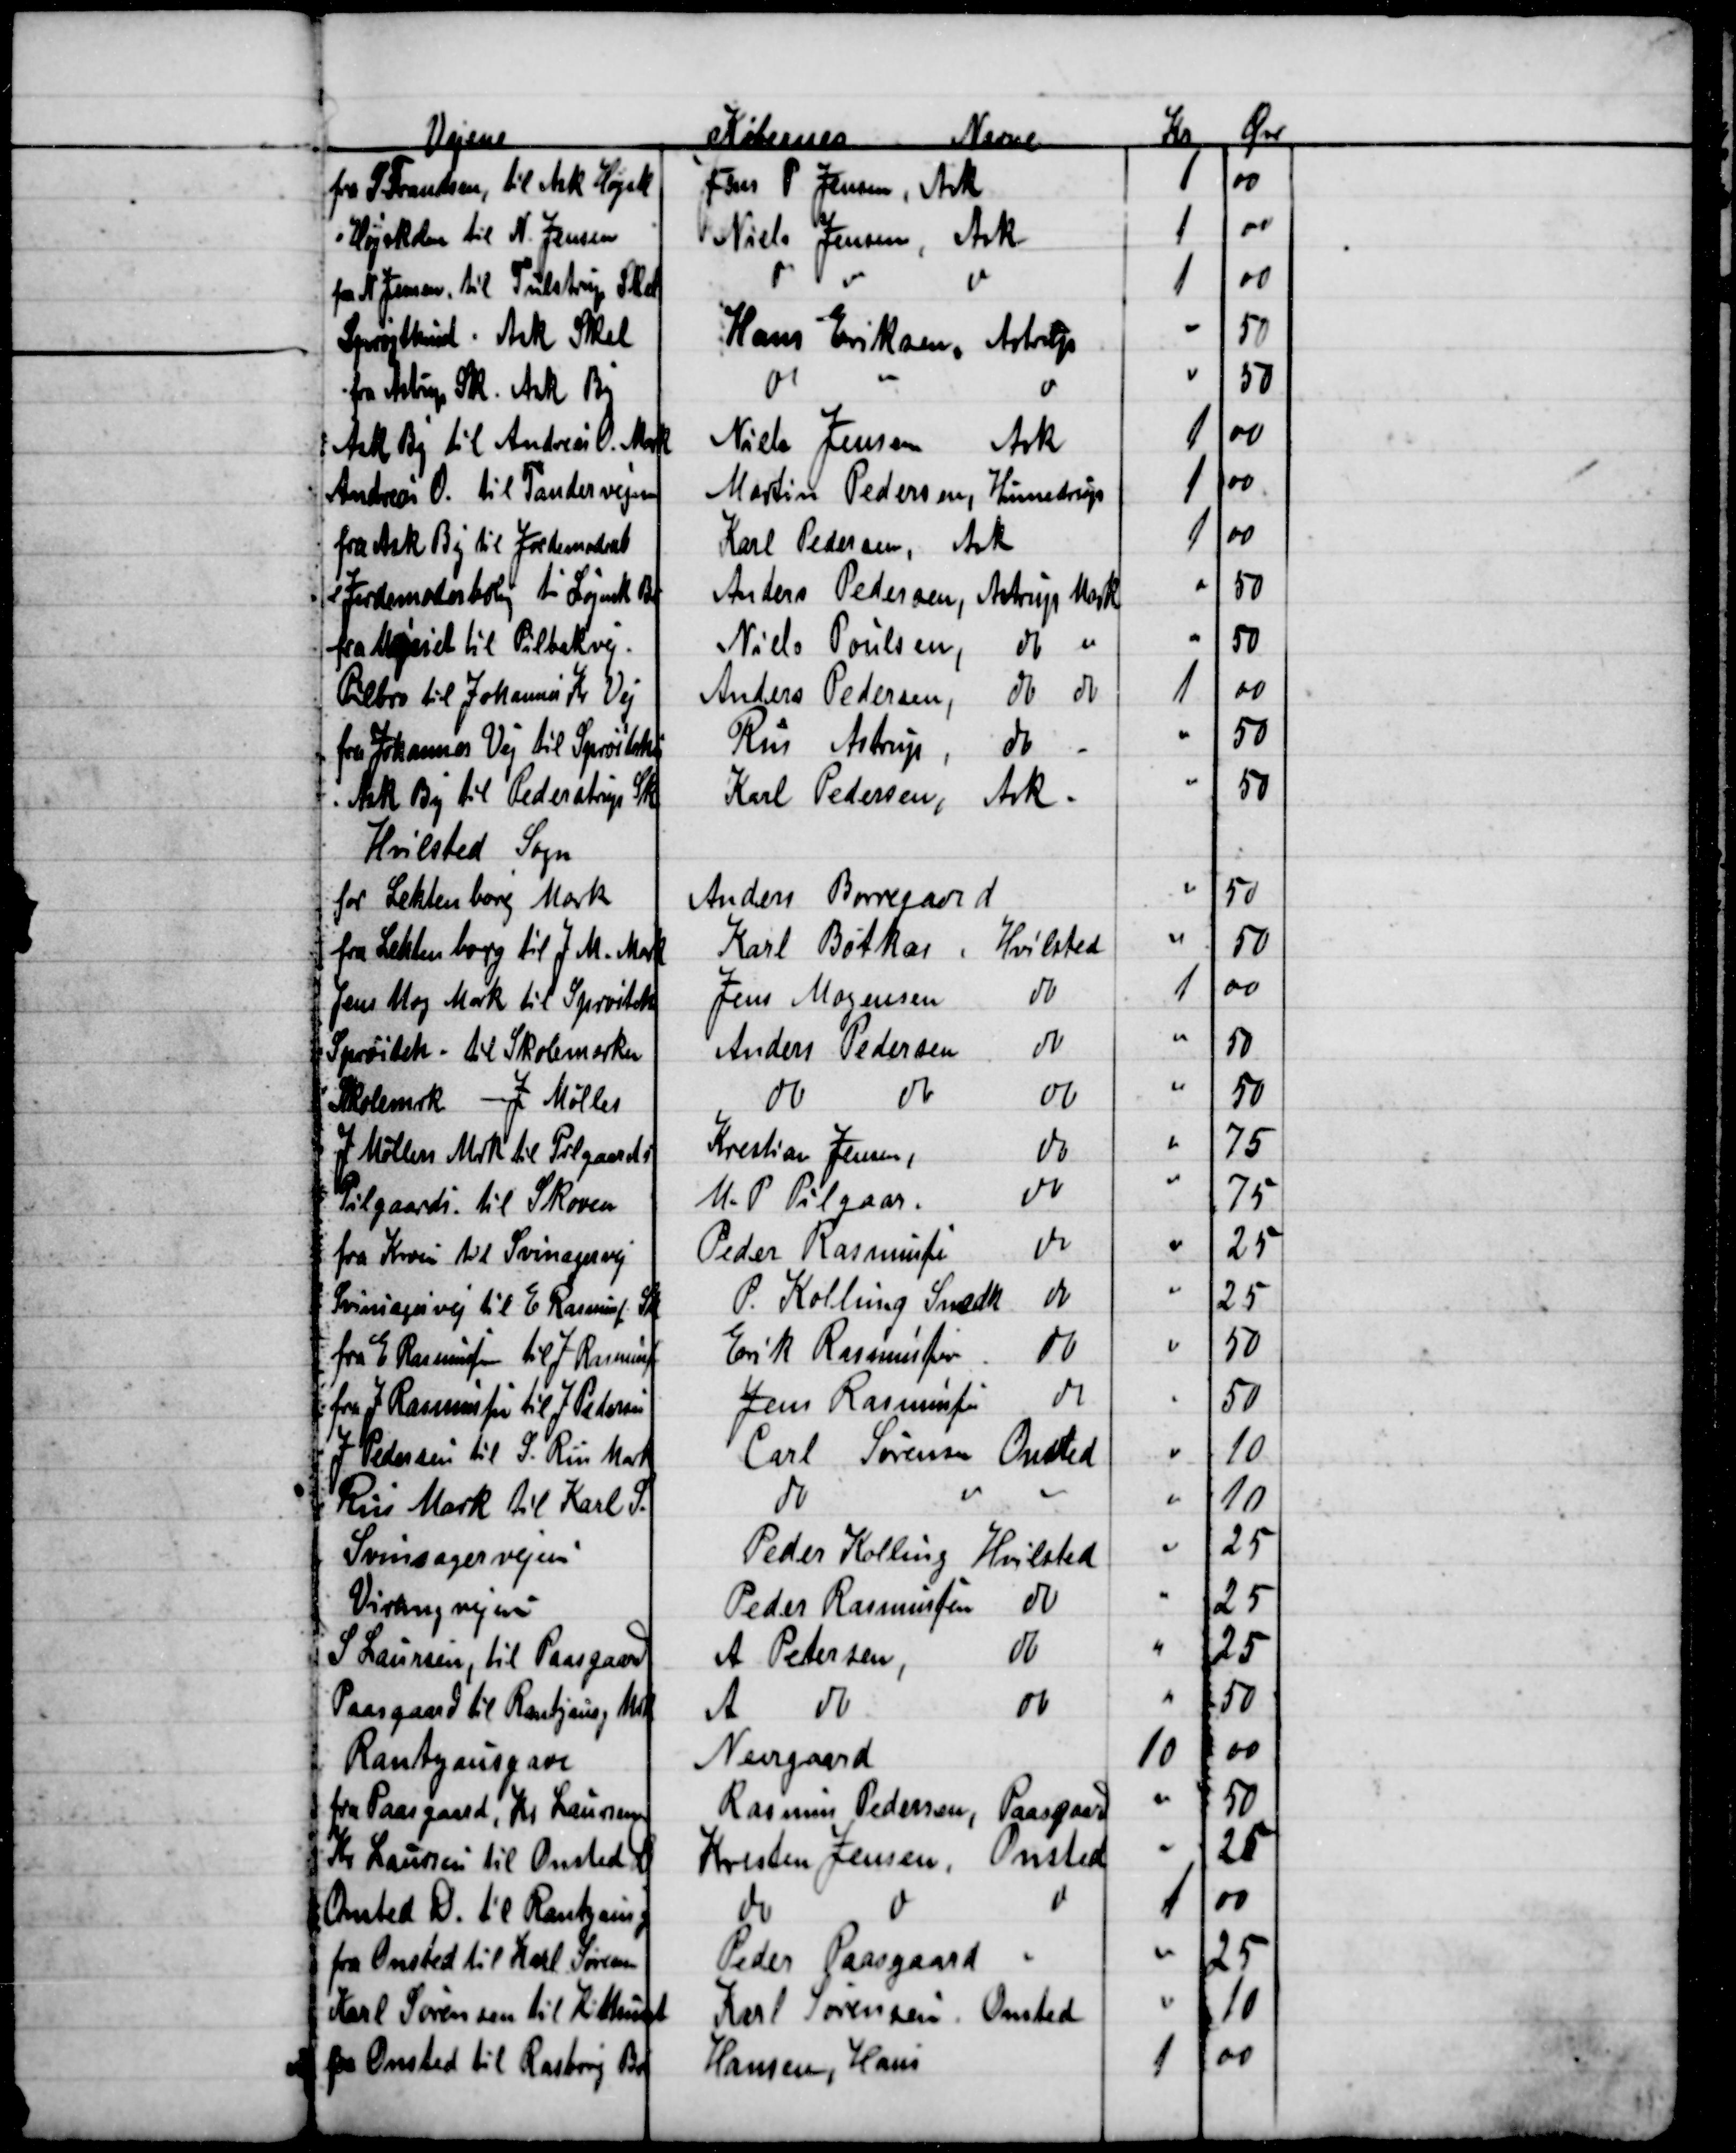
Transskription:
Vejene
Købernes Navne
Kr
Øre
fra S. Frandsen, til Ask Højsk
Jens P. Jensen, Ask
1
00
Højskolen til N. Jensen
Niels Jensen, Ask
1
00
fra N. Jensen, til Tulstrup Skel
do
do
do
1
00
Sprøjtehuset. Ask Skel
Hans Eriksen, Astrup
50
fra Astrup Sk. Ask By
do
do
50
Ask By til Andreas O. Mark
Niels Jensen Ask
1
00
Andreas O. til Tandervejen
Martin Pedersen, Hinnedrup
1
00
fra Ask By til Jordemoderb
Karl Pedersen, Ask
1
00
e Jordemoderbolig til Løjenk B
Anders Pedersen, Astrup Mark
50
fra Mejeriet til Pilbækvej.
Niels Poulsen,
do do
50
Pilbro til Johannes Kr Vej
Anders Pedersen
do do
1
00
fra Johannes Vej til Sprøjtehus
Riis Astrup
do
50
Ask By til Pederstrup Sk
Karl Pedersen,
Ask
50
Hvilsted Sogn
for Lekhenborg Mark
Anders Borregaard
50
 fra Lehtenborg til J. M. Mark
Karl Bøtkær
Hvilsted
50
Jens Mog Mark til Sprøiteh
Jens Mogensen
do
1
00
Sprøiteh - til Skolemarken
Anders Pedersen
do
50
Skolemrk - J. Møller
do
do
do
50
J Møllers Mrk til Pilgaards
Kristian Jensen,
do
75
Pilgaards til Skoven
M. P. Pilgaar.
do
75
fra Kroen til Svinagervej
Peder Rasmussen
do
25
Svinsagervej til E. Rasmuss Sk
P. Kolling Snedk
do
25
fra E. Rasmussen til J. Rasmuss
Erik Rasmussen
do
50
fra J. Rasmussen til J. Pedersen
Jens Rasmussen
do
50
J. Pedersen til S. Riis Mark
Carl Sørensen Onsted
10
Riis Mark til Karl S.
do
10
Svinsagervejen
Peder Kolling Hvilsted
25
Virringvejen
Peder Rasmussen
do
25
S. Laursen, til Paasgaard
A. Petersen
do
25
Paasgaard til Rantzausg Mark
A
do
do
50
Rantzausgave
Neergaard
10
00
fra Paasgaard, Kr. Laursen
Rasmus Pedersen, Paasgaard
50
Kr. Laursen til Onsted D
Kresten Jensen,
Onsted
25
Onsted D. til Rantzausg
do
do
do
1
00
fra Onsted til Karl Sørensen
Peder Paasgaard
25
Karl Sørensen til K 
Karl Sørensen. Onsted
10
fra Onsted til Rasborg B
Hansen, Hans
1
00